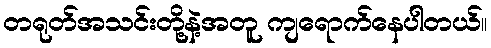
တရုတ်အသင်းတို့နဲ့အတူ ကျရောက်နေပါတယ်။